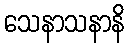
သေနာသနာနိ